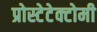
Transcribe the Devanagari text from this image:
प्रोस्टेटेक्टोमी